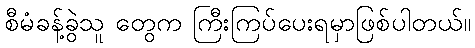
စီမံခန့်ခွဲသူ တွေက ကြီးကြပ်ပေးရမှာဖြစ်ပါတယ်။